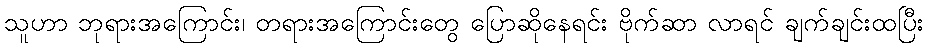
သူဟာ ဘုရားအကြောင်း၊ တရားအကြောင်းတွေ ပြောဆိုနေရင်း ဗိုက်ဆာ လာရင် ချက်ချင်းထပြီး